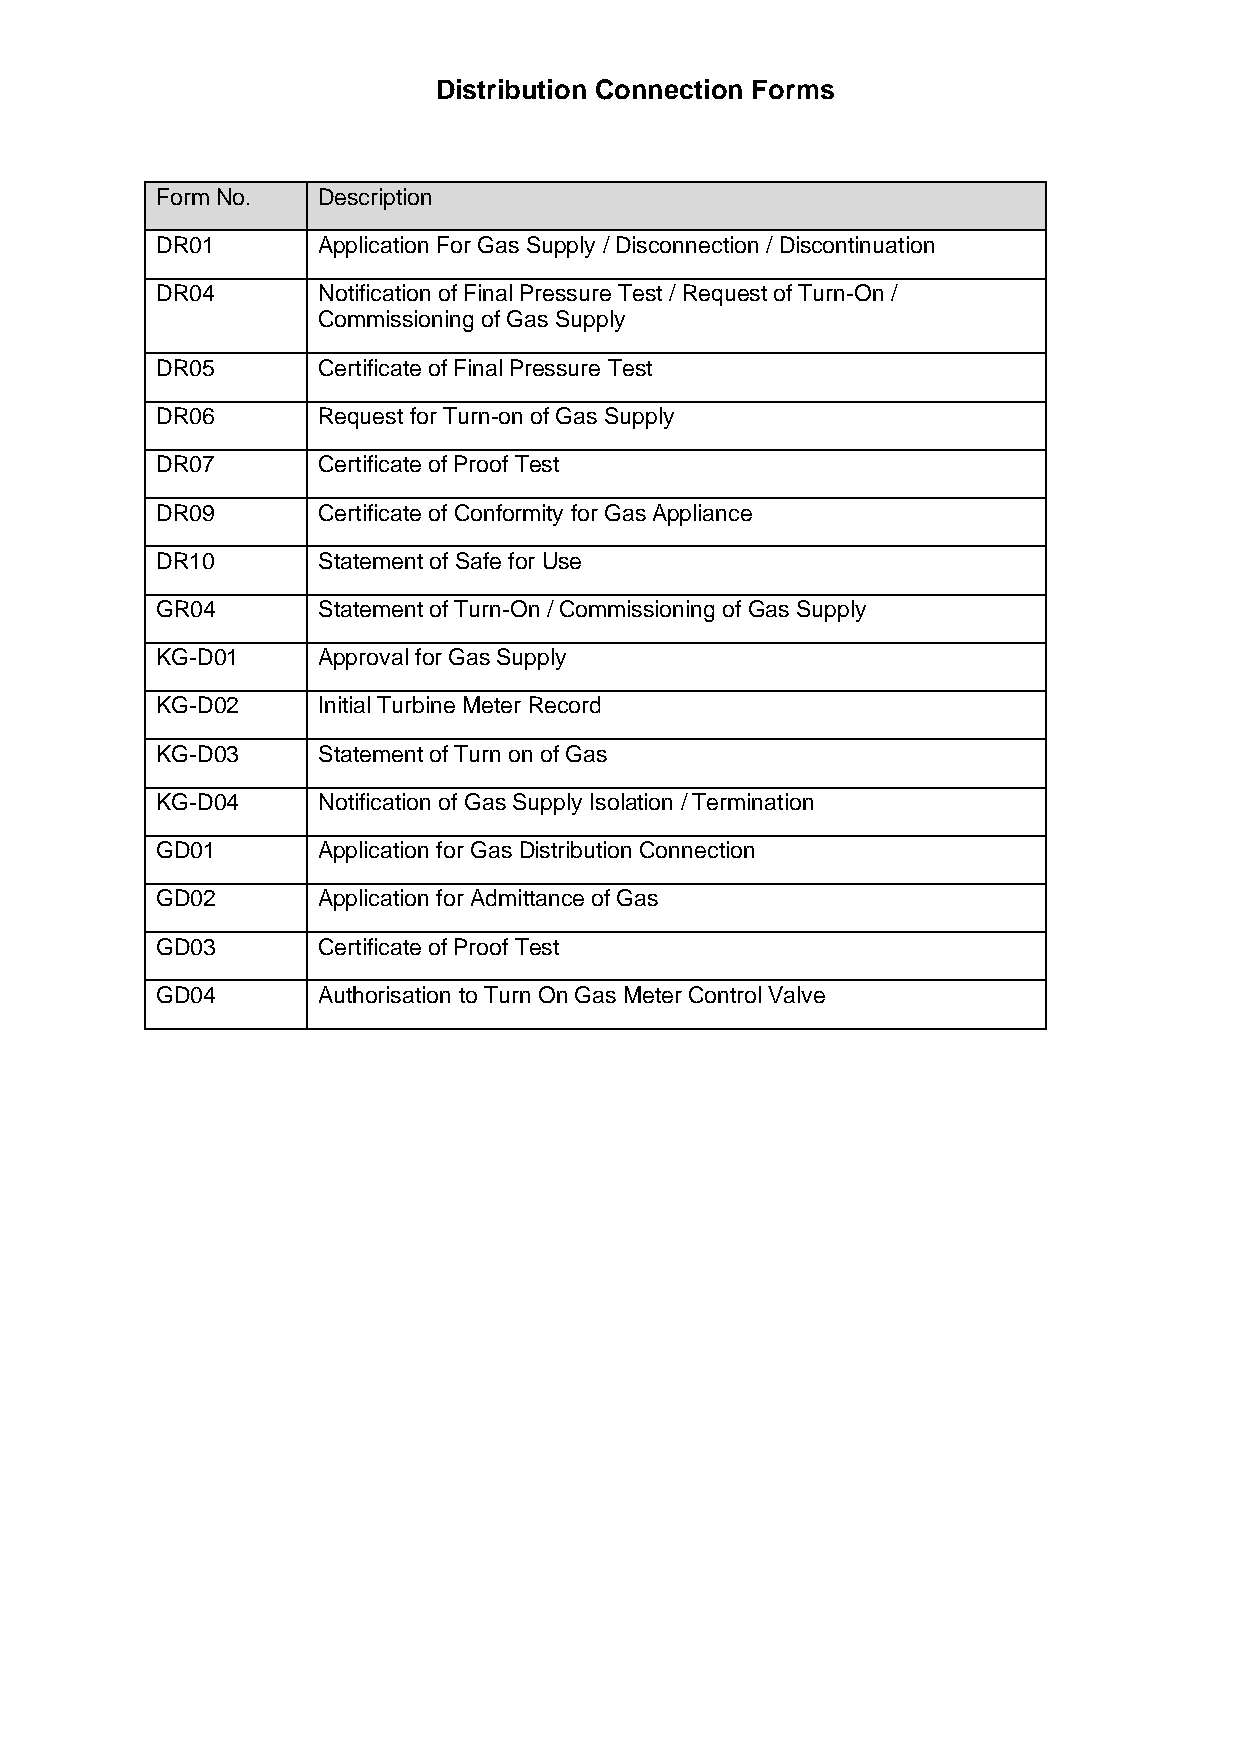
Distribution Connection Forms
 Form No.   Description
 DR01       Application For Gas Supply / Disconnection / Discontinuation
 DR04       Notification of Final Pressure Test / Request of Turn-On /
 Commissioning of Gas Supply
 DR05       Certificate of Final Pressure Test
 DR06       Request for Turn-on of Gas Supply
 DR07       Certificate of Proof Test
 DR09       Certificate of Conformity for Gas Appliance
 DR10       Statement of Safe for Use
 GR04       Statement of Turn-On / Commissioning of Gas Supply
 KG-D01     Approval for Gas Supply
 KG-D02     Initial Turbine Meter Record
 KG-D03     Statement of Turn on of Gas
 KG-D04     Notification of Gas Supply Isolation / Termination
 GD01       Application for Gas Distribution Connection
 GD02       Application for Admittance of Gas
 GD03       Certificate of Proof Test
 GD04       Authorisation to Turn On Gas Meter Control Valve